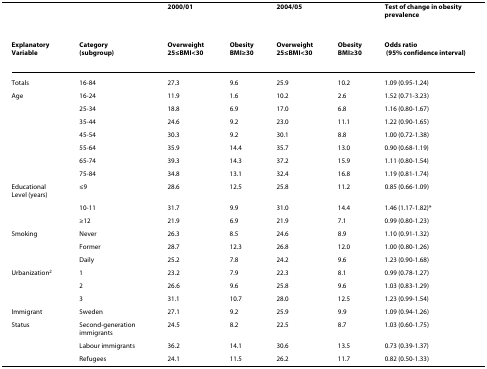
<table><thead><tr><td></td><td></td><td colspan="2"><b>2000/01</b></td><td colspan="2"><b>2004/05</b></td><td><b>Test of change in obesity prevalence</b></td></tr><tr><td><b>ExplanatoryVariable</b></td><td><b>Category (subgroup)</b></td><td><b>Overweight25≤BMI&lt;30</b></td><td><b>ObesityBMI≥30</b></td><td><b>Overweight25≤BMI&lt;30</b></td><td><b>ObesityBMI≥30</b></td><td><b>Odds ratio (95% confidence interval)</b></td></tr></thead><tbody><tr><td>Totals</td><td>16-84</td><td>27.3</td><td>9.6</td><td>25.9</td><td>10.2</td><td>1.09 (0.95-1.24)</td></tr><tr><td>Age</td><td>16-24</td><td>11.9</td><td>1.6</td><td>10.2</td><td>2.6</td><td>1.52 (0.71-3.23)</td></tr><tr><td></td><td>25-34</td><td>18.8</td><td>6.9</td><td>17.0</td><td>6.8</td><td>1.16 (0.80-1.67)</td></tr><tr><td></td><td>35-44</td><td>24.6</td><td>9.2</td><td>23.0</td><td>11.1</td><td>1.22 (0.90-1.65)</td></tr><tr><td></td><td>45-54</td><td>30.3</td><td>9.2</td><td>30.1</td><td>8.8</td><td>1.00 (0.72-1.38)</td></tr><tr><td></td><td>55-64</td><td>35.9</td><td>14.4</td><td>35.7</td><td>13.0</td><td>0.90 (0.68-1.19)</td></tr><tr><td></td><td>65-74</td><td>39.3</td><td>14.3</td><td>37.2</td><td>15.9</td><td>1.11 (0.80-1.54)</td></tr><tr><td></td><td>75-84</td><td>34.8</td><td>13.1</td><td>32.4</td><td>16.8</td><td>1.19 (0.81-1.74)</td></tr><tr><td>Educational Level (years)</td><td>≤9</td><td>28.6</td><td>12.5</td><td>25.8</td><td>11.2</td><td>0.85 (0.66-1.09)</td></tr><tr><td></td><td>10-11</td><td>31.7</td><td>9.9</td><td>31.0</td><td>14.4</td><td>1.46 (1.17-1.82)*</td></tr><tr><td></td><td>≥12</td><td>21.9</td><td>6.9</td><td>21.9</td><td>7.1</td><td>0.99 (0.80-1.23)</td></tr><tr><td>Smoking</td><td>Never</td><td>26.3</td><td>8.5</td><td>24.6</td><td>8.9</td><td>1.10 (0.91-1.32)</td></tr><tr><td></td><td>Former</td><td>28.7</td><td>12.3</td><td>26.8</td><td>12.0</td><td>1.00 (0.80-1.26)</td></tr><tr><td></td><td>Daily</td><td>25.2</td><td>7.8</td><td>24.2</td><td>9.6</td><td>1.23 (0.90-1.68)</td></tr><tr><td>Urbanization<sup>2</sup></td><td>1</td><td>23.2</td><td>7.9</td><td>22.3</td><td>8.1</td><td>0.99 (0.78-1.27)</td></tr><tr><td></td><td>2</td><td>26.6</td><td>9.6</td><td>25.8</td><td>9.6</td><td>1.03 (0.83-1.29)</td></tr><tr><td></td><td>3</td><td>31.1</td><td>10.7</td><td>28.0</td><td>12.5</td><td>1.23 (0.99-1.54)</td></tr><tr><td>Immigrant</td><td>Sweden</td><td>27.1</td><td>9.2</td><td>25.9</td><td>9.9</td><td>1.09 (0.94-1.26)</td></tr><tr><td>Status</td><td>Second-generation immigrants</td><td>24.5</td><td>8.2</td><td>22.5</td><td>8.7</td><td>1.03 (0.60-1.75)</td></tr><tr><td></td><td>Labour immigrants</td><td>36.2</td><td>14.1</td><td>30.6</td><td>13.5</td><td>0.73 (0.39-1.37)</td></tr><tr><td></td><td>Refugees</td><td>24.1</td><td>11.5</td><td>26.2</td><td>11.7</td><td>0.82 (0.50-1.33)</td></tr></tbody></table>